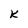
Character: K